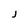
Character: j